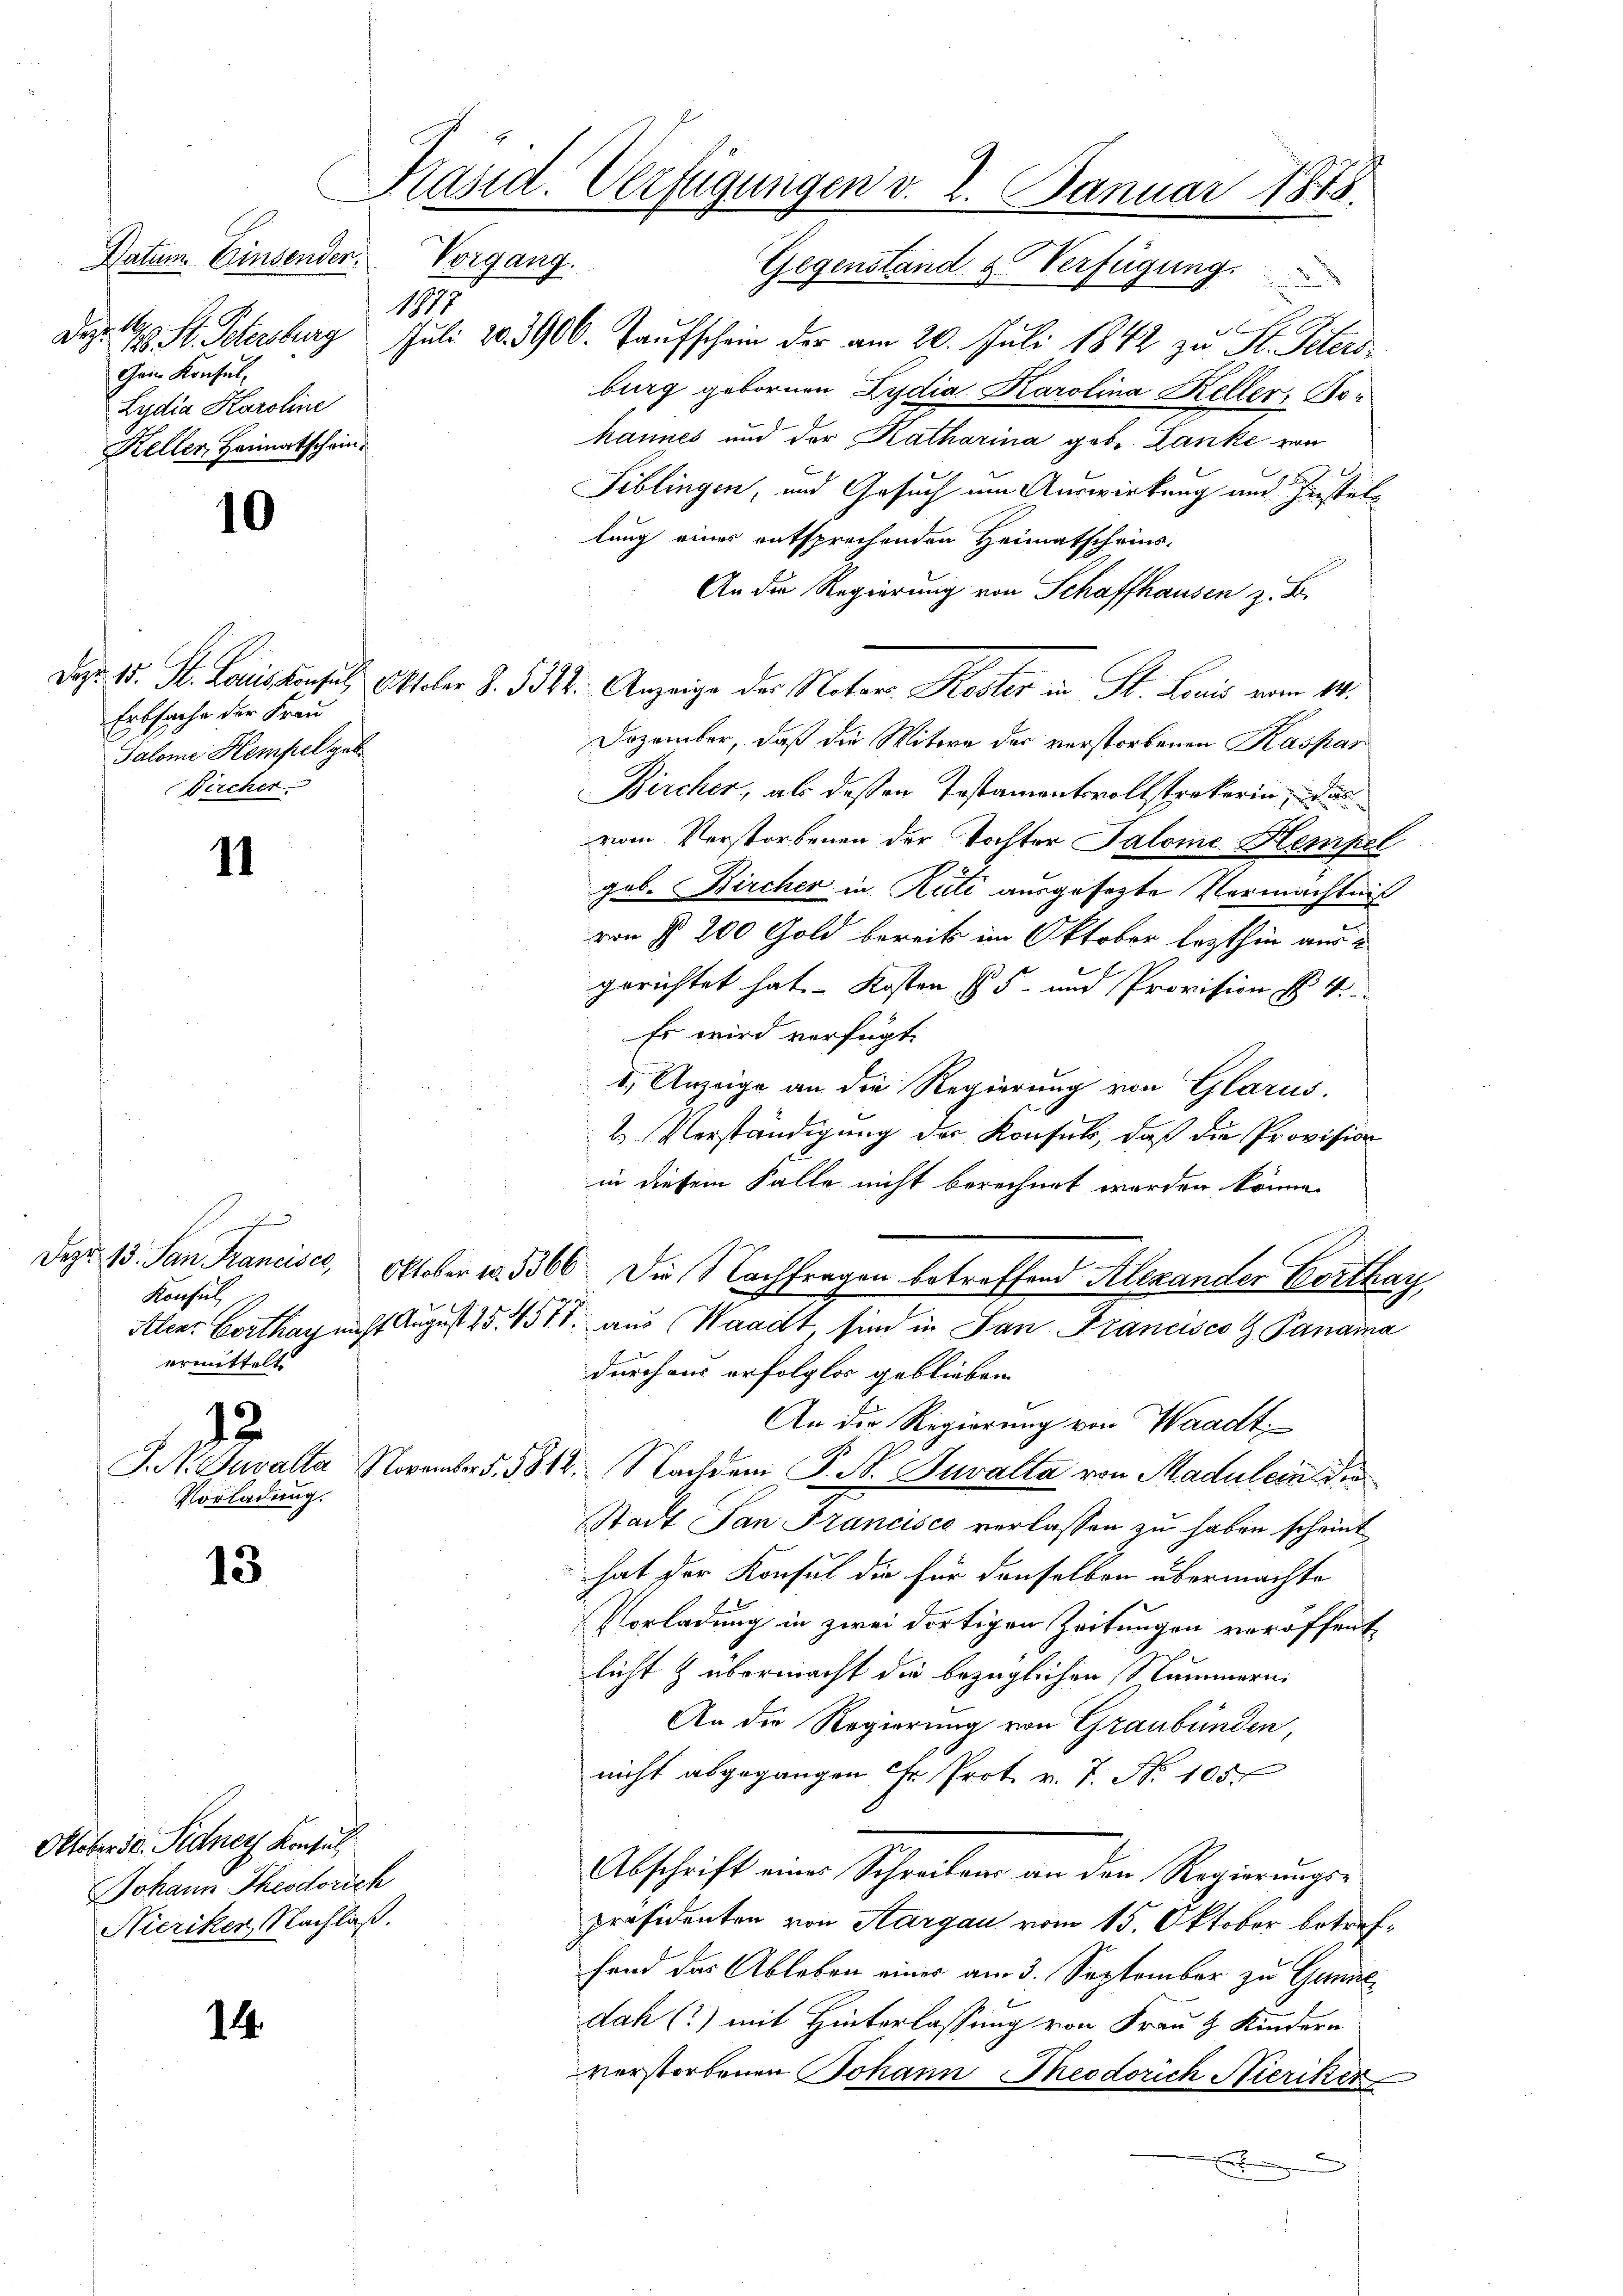
Datum. Einsenden.
11971
Sept. 14
Gem Konsul,
Lydia Karoline
Keller Heimatschein¬

10

Erbsache der Frau
Salome Kempel geb
Dircher

11

h
Dazu 13. Jan Francisce
Konsul
ermittelt

12
Vorladung.

13

Oktober 50. Pedner Konsul
Johann Theodorich
Nicziker, Nachlaß.

14.

Präsid. Verfügungen v. 2. Januar 1878.
Vorgang.
Gegenstand & Verfügung.

1. St. Petersburg Juli 20. 3900. Taufschein der am 20. Juli 1842 zu St. Peters
burg gebornen Lydia Karolina Keller, Sohannes und der Katharina gebe. Danke von
Siblingen, und Gesuch um Auswirkung und Festellung eines entsprechenden Heimatscheins-
An der Regierung von Schaffhausen z. B.
Da 15. St. Louiskonsul, Oktober §. 5312. Anzeige der Notars Koster in St. Louis vom 14.
Dezember, daß die Witwe der verstorbenen Kaspar
Bircher, als dessen Testamentsvollstrekerin, und s
vom Verstorbenen der Tochter Salome Hempel
geb. Bircher in Rüti ausgefegte Vermächtniß
von § 200 Gold bereits im Oktober lezthin ausgerichtet hat. – Kosten § 5 und Provision H. V
Es wird verfügt:
1.) Anzeige an die Regierung von Glarus.
2. Verständigung der Konsul, daß die Provision
in diesem Falle nicht berechnet werden könne.
Oktober 1. 3366. Die Nachfragen betreffend Alexander Corthay
Alen: Barthan nicht August 25. 457 aus Waadt, sind in San Francisco H Panaina
durch aus erfolglos geblieben.
An die Regierung von Waadt
J. M. Suvalta Novemb. 5812. Nachdem P. M. Suvalta von Madulein die
Stadt San Francisco verlassen zu haben scheint
hat der Konsul die für denselben übermachte
Vorladung in zwei dortigen Zeitungen veröffent
licht & übermacht die bezüglichen Nummern.
An die Regierung von Graubünden,
nicht abgegangen Fr. Prot. v. 7. N. 105.
Abschrift eines Schreibens an den Regierungspräsidenten von Aargau vom 15. Oktober betreffend das Ableben einer am 3. September zu Gun
dah (?) mit Hinterlassung von Frau & Kindern
verstorbenen Johann Theodorich Hieriker
E